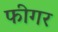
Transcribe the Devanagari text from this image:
फीगर